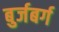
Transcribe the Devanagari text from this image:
बुर्जबर्ग